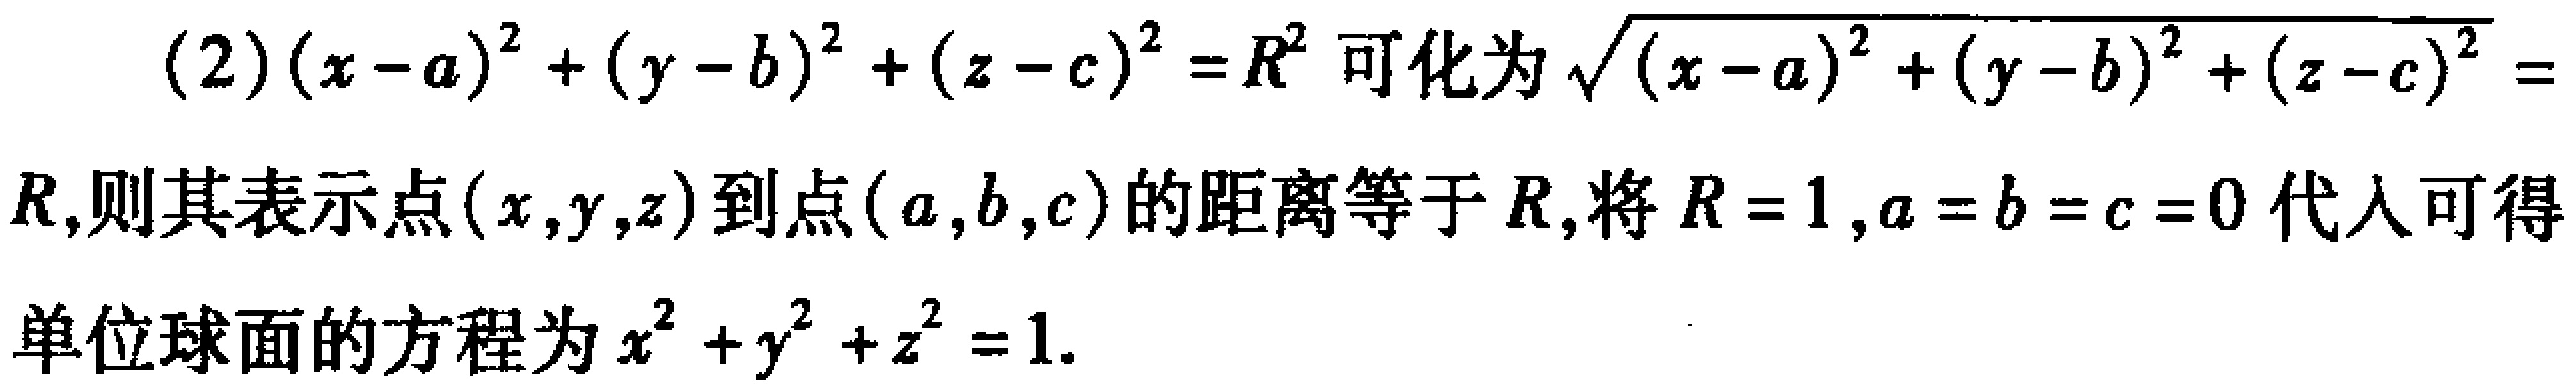
(2) \((x - a)^2 + (y - b)^2 + (z - c)^2 = R^2\) 可化为 \(\sqrt{(x - a)^2 + (y - b)^2 + (z - c)^2}=R\)，则其表示点 \((x,y,z)\) 到点 \((a,b,c)\) 的距离等于 \(R\)，将 \(R = 1\)，\(a = b = c = 0\) 代入可得单位球面的方程为 \(x^2 + y^2 + z^2 = 1\).